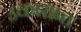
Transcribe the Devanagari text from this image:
उकारान्त